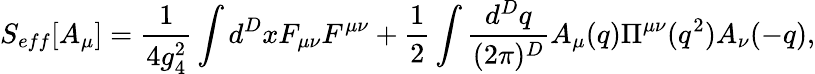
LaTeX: S_{eff}[A_{\mu}]={\frac{1}{4g_{4}^{2}}}\int d^{D}xF_{\mu\nu}F^{\mu\nu}+{\frac{1}{2}}\int{\frac{d^{D}q}{(2\pi)^{D}}}A_{\mu}(q)\Pi^{\mu\nu}(q^{2})A_{\nu}(-q),